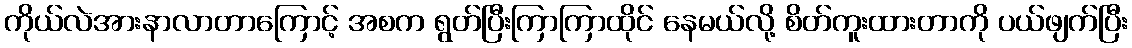
ကိုယ်လဲအားနာလာတာကြောင့် အစက ရွတ်ပြီးကြာကြာထိုင် နေမယ်လို့ စိတ်ကူးထားတာကို ပယ်ဖျက်ပြီး